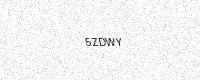
Text: 5ZDWY